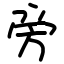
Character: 旁